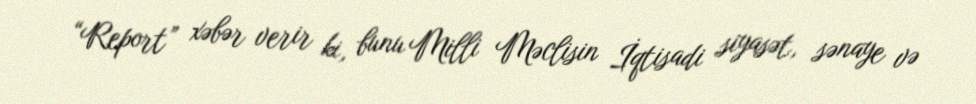
“Report” xəbər verir ki, bunu Milli Məclisin İqtisadi siyasət, sənaye və